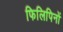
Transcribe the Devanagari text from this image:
फिलिपिनों